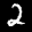
Label: 2